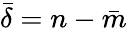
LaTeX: \bar{\delta}=n-\bar{m}